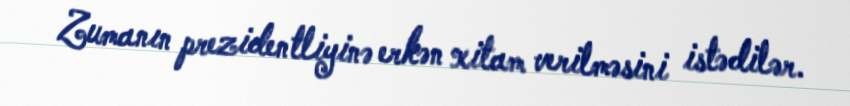
Zumanın prezidentliyinə erkən xitam verilməsini istədilər.